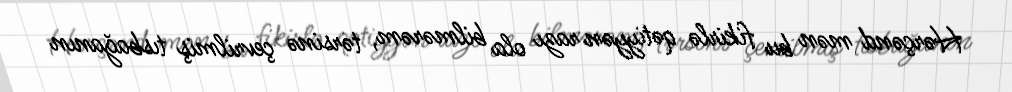
Hərçənd mən bu fikirlə qətiyyən razı ola bilmərəm, tərsinə çevrilmiş tısbağanın